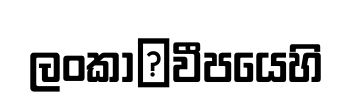
ලංකා෾වීපයෙහි